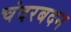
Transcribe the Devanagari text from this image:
चंदरबदन